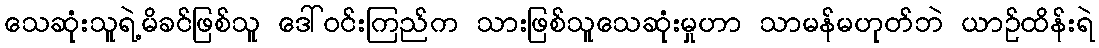
သေဆုံးသူရဲ့မိခင်ဖြစ်သူ ဒေါ်ဝင်းကြည်က သားဖြစ်သူသေဆုံးမှုဟာ သာမန်မဟုတ်ဘဲ ယာဉ်ထိန်းရဲ